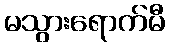
မသွားရောက်မီ